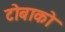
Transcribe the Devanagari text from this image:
टोबाको